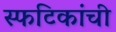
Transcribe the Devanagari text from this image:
स्फटिकांची